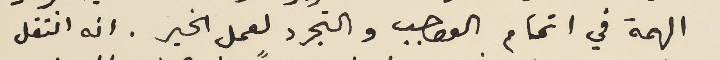
الهمة في اتمام الواجب والتجرد لعمل الخير. انه انتقل